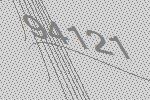
94121